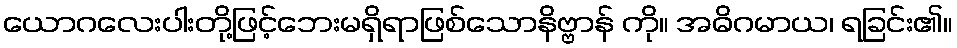
ယောဂလေးပါးတို့ဖြင့်ဘေးမရှိရာဖြစ်သောနိဗ္ဗာန် ကို။ အဓိဂမာယ၊ ရခြင်း၏။